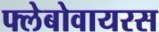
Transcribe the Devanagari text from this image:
फ्लेबोवायरस